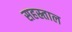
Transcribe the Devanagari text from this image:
सहस्र्ताल